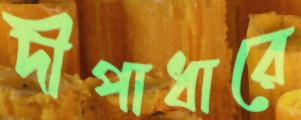
দীপাধারে